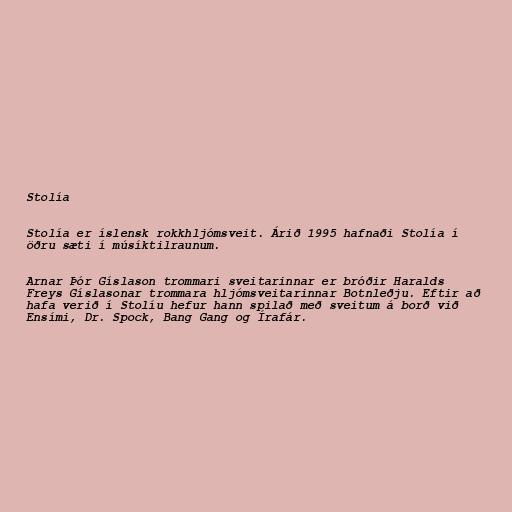
Stolía

Stolía er íslensk rokkhljómsveit. Árið 1995 hafnaði Stolía í
öðru sæti í músíktilraunum.

Arnar Þór Gíslason trommari sveitarinnar er bróðir Haralds
Freys Gíslasonar trommara hljómsveitarinnar Botnleðju. Eftir að
hafa verið í Stolíu hefur hann spilað með sveitum á borð við
Ensími, Dr. Spock, Bang Gang og Írafár.